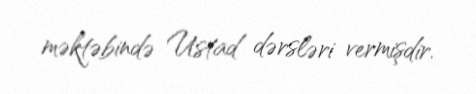
məktəbində Ustad dərsləri vermişdir.